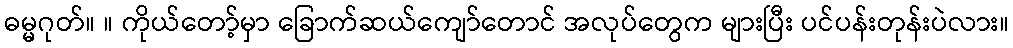
ဓမ္မဂုတ်။ ။ ကိုယ်တော့်မှာ ခြောက်ဆယ်ကျော်တောင် အလုပ်တွေက များပြီး ပင်ပန်းတုန်းပဲလား။